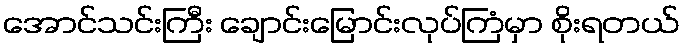
အောင်သင်းကြီး ချောင်းမြောင်းလုပ်ကြံမှာ စိုးရတယ်